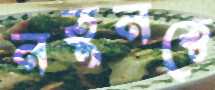
নতুনত্বে